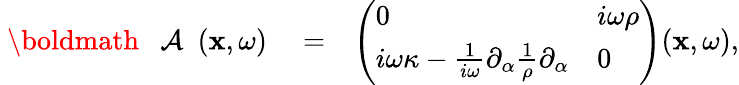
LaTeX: \begin{array}{rlr}{{{\mathrm{~\boldmath~{~\cal~A~}~}}}({\mathbf x},\omega)}&{{}=}&{\left(\begin{array}{ll}{0}&{i\omega\rho}\\ {i\omega\kappa-\frac{1}{i\omega}\partial_{\alpha}\frac{1}{\rho}\partial_{\alpha}}&{0}\end{array}\right)({\mathbf x},\omega),}\end{array}